Vaccination in Bombay 1856-1862 - 1856-1862
Year: 1856
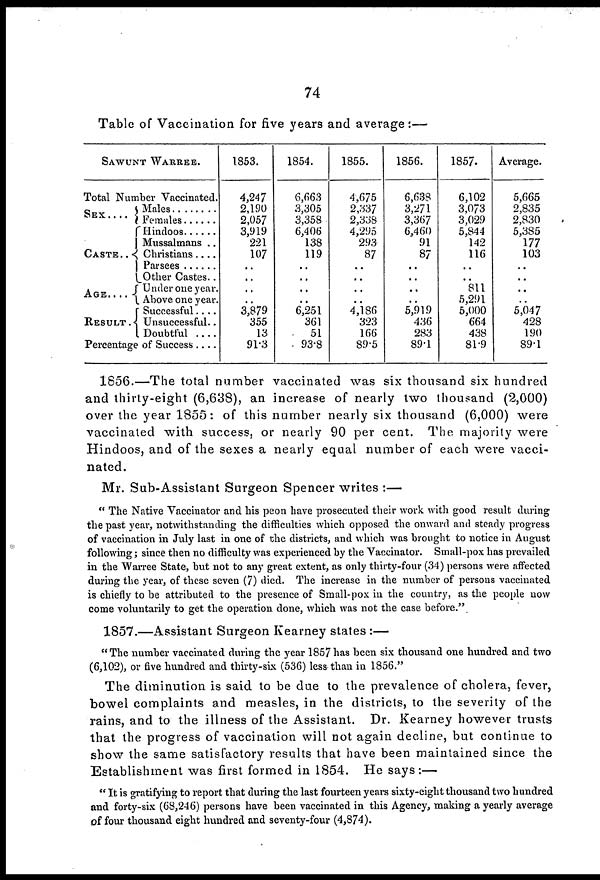
74
Table of Vaccination for five years and average:—
SAWUNT WARREE.
Total Number Vaccinated.
SEX . . . .
CASTE . .
AGE . . . .
RESULTS
Males . . . ..
Females . . . .
Hindoos . . . .
Mussalmans . .
Christians . . .
Parsees . . .
Other Castes . .
Under one year.
Above one year.
Successful . . . .
Unsuccessful . .
Doubtful . . . . .
Percentage of Success . . . .
1853.
4,247
2,190
2,057
3,919
221
107
..
..
..
..
3,879
355
13
91.3
1854.
6,663
3,305
3,358
6,406
138
119
..
..
..
..
6,251
361
51
93.8
1855.
4,675
2,337
2,338
4,295
293
87
..
..
..
..
4,186
323
166
89.5
1856.
6,638
3,271
3,367
6,460
91
87
..
..
..
..
5,919
436
283
89.1
1857.
6,102
3,073
3,029
5,844
142
116
..
..
811
5,291
5,000
664
438
81.9
Average.
5,665
2,835
2,830
5,385
177
103
..
..
..
..
5,047
428
190
89.1
1856.—The total number vaccinated was six thousand six hundred
and thirty-eight (6,638), an increase of nearly two thousand (2,000)
over the year 1855: of this number nearly six thousand (6,000) were
vaccinated with success, or nearly 90 per cent. The majority were
Hindoos, and of the sexes a nearly equal number of each were vacci-
nated.
Mr. Sub-Assistant Surgeon Spencer writes :—
" The Native Vaccinator and his peon have prosecuted their work with good result during
the past year, notwithstanding the difficulties which opposed the onward and steady progress
of vaccination in July last in one of the districts, and which was brought to notice in August
following; since then no difficulty was experienced by the Vaccinator. Small-pox has prevailed
in the Warree State, but not to any great extent, as only thirty-four (34) persons were affected
during the year, of these seven (7) died. The increase in the number of persons vaccinated
is chiefly to be attributed to the presence of Small-pox in the country, as the people now
come voluntarily to get the operation done, which was not the case before."
1857.—Assistant Surgeon Kearney states :—
"The number vaccinated during the year 1857 has been six thousand one hundred and two
(6,102), or five hundred and thirty-six (536) less than in 1856."
The diminution is said to be due to the prevalence of cholera, fever,
bowel complaints and measles, in the districts, to the severity of the
rains, and to the illness of the Assistant.
Dr. Kearney however trusts
that the progress of vaccination will not again decline, but continue to
show the same satisfactory results that have been maintained since the
Establishment was first formed in 1854. He says:—
" It is gratifying to report that during the last fourteen years sixty-eight thousand two hundred
and forty-six (68,246) persons have been vaccinated in this Agency, making a yearly average
of four thousand eight hundred and seventy-four (4,874).